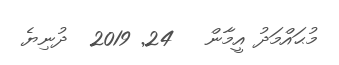
މުޙައްމަދު އީމާން   24